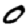
Digit: 0